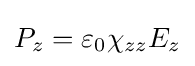
P_{z}=\varepsilon _{0}\chi _{zz}E_{z}